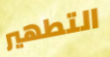
التطهير